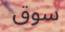
سوق